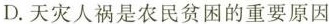
D.天灾人祸是农民贫困的重要原因